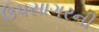
ઉપસાગરની